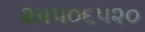
૨૫૫૦૬૫૨૦